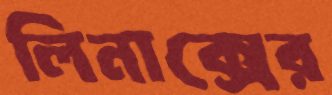
লিনাক্সের